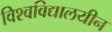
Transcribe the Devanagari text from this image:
विश्‍वविद्यालयीन